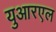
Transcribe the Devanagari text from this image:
युआरएल